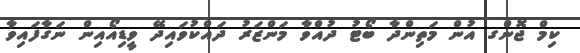
ކިމް ޖޮންގ އުން މަތިންދާ ބޯޓު ދުއްވާ މަންޒަރު ދައްކުވައިދޭ ވީޑިއޯއިން ނަގާފައިވާ